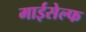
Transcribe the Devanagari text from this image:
माईसेल्फ